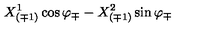
{ X _ { ( \mp 1 ) } ^ { 1 } \cos \varphi _ { \mp } - X _ { ( \mp 1 ) } ^ { 2 } \sin \varphi _ { \mp } }